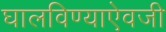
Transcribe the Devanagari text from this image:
घालविण्याऐवजी